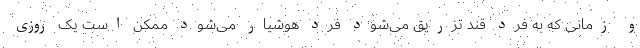
و زمانی که به فرد قند تزریق می‌شود فرد هوشیار می‌شود ممکن است یک روزی